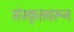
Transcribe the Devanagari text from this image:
संस्कृतवरून